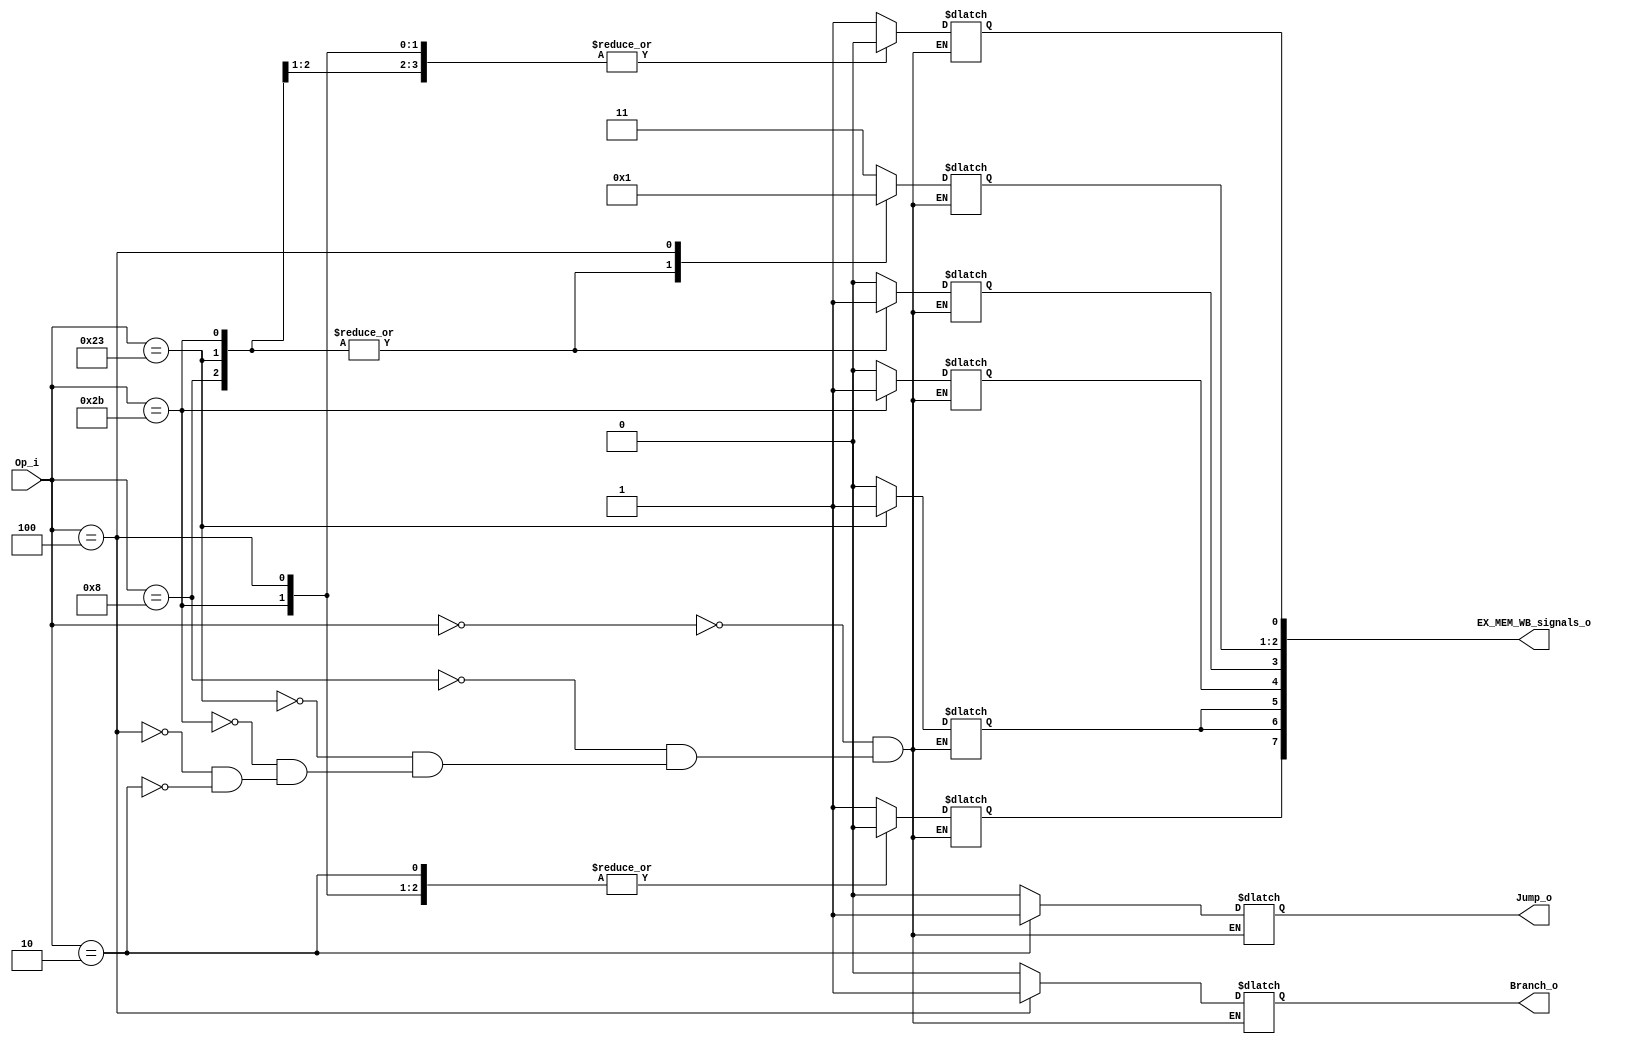
module Control(
    Op_i,
    Branch_o,
    Jump_o,
    EX_MEM_WB_signals_o
);

input	[5:0]	Op_i;
output	Branch_o, Jump_o;
output	[7:0]	EX_MEM_WB_signals_o;
reg	[1:0] ALUOp_o;
reg	Branch_o, Jump_o, RegWrite_o, MemtoReg, MemWrite, MemRead, ALUSrc_o, RegDst_o;
assign EX_MEM_WB_signals_o = {RegWrite_o, MemtoReg, MemRead, MemWrite, ALUSrc_o, ALUOp_o[1:0], RegDst_o};

initial begin
	 ALUOp_o = 2'b00;
	RegDst_o = 1'b0;
	ALUSrc_o = 1'b0;
	RegWrite_o = 1'b0;
	MemtoReg = 1'b0;
    MemWrite = 1'b0;
	MemRead = 1'b0;
  	Branch_o = 1'b0;
    Jump_o = 1'b0;
end

always@(Op_i)
 begin
   case(Op_i)
     //R-type
    6'b000000 : begin
	ALUOp_o <= 2'b11;
	RegDst_o <= 1'b1;
	ALUSrc_o <= 1'b0;
	RegWrite_o <= 1'b1;
	MemtoReg <= 1'b0;
    MemWrite <= 1'b0;
	MemRead <= 1'b0;
  	Branch_o <= 1'b0;
    Jump_o <= 1'b0;
	//ExtOp <=
    end
     //addi
    6'b001000 : begin
	ALUOp_o <= 2'b00;
	RegDst_o <= 1'b0;
	ALUSrc_o <= 1'b1;
	RegWrite_o <= 1'b1;
	MemtoReg <= 1'b0;
    MemWrite <= 1'b0;
	MemRead <= 1'b0;
  	Branch_o <= 1'b0;
    Jump_o <= 1'b0;
	//ExtOp <= 1'b0;
       end
     //lw
    6'b100011 : begin
	ALUOp_o <= 2'b00;
	RegDst_o <= 1'b0;
	ALUSrc_o <= 1'b1;
	RegWrite_o <= 1'b1;
	MemtoReg <= 1'b1;
    MemWrite <= 1'b0;
	MemRead <= 1'b1;
  	Branch_o <= 1'b0;
    Jump_o <= 1'b0;
	//ExtOp <= 1'b1;
    end
     //sw
    6'b101011 : begin
	ALUOp_o <= 2'b00;
	RegDst_o <= 1'b0;
	ALUSrc_o <= 1'b1;
	RegWrite_o <= 1'b0;
	MemtoReg <= 1'b0;
    MemWrite <= 1'b1;
	MemRead <= 1'b0;
  	Branch_o <= 1'b0;
    Jump_o <= 1'b0;
	//ExtOp <= 1'b1;
    end
     //beq
    6'b000100 : begin
	ALUOp_o <= 2'b01;
	RegDst_o <= 1'b0;
	ALUSrc_o <= 1'b0;
	RegWrite_o <= 1'b0;
	MemtoReg <= 1'b0;
    MemWrite <= 1'b0;
	MemRead <= 1'b0;
  	Branch_o <= 1'b1;
    Jump_o <= 1'b0;
	//ExtOp <= 1'b1;
    end
     //jump
    6'b000010 : begin
	ALUOp_o <= 2'bxx;
	RegDst_o <= 1'bx;
	ALUSrc_o <= 1'bx;
	RegWrite_o <= 1'b0;
	MemtoReg <= 1'bx;
    MemWrite <= 1'b0;
	MemRead <= 1'b0;
  	Branch_o <= 1'b0;
    Jump_o <= 1'b1;
	//ExtOp <= 1'b1;
    end
   endcase
 end

endmodule